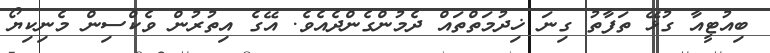
ބިއުޓީއާ ގުޅޭ ތަފާތު ގިނަ ޚިދުމަތްތައް ދެމުންގެންދެއެވެ. އޭގެ އިތުރުން ވެކްސިން މެނިކިޔޯ